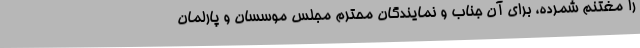
را مغتنم شمرده، برای آن جناب و نمایندگان محترم مجلس موسسان و پارلمان